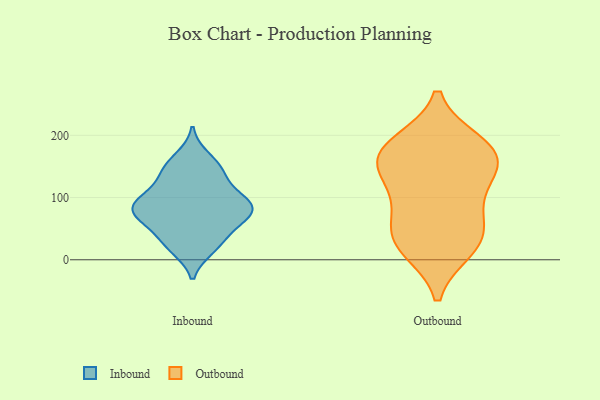
{"axis": {"x": "Headcount", "y": "Value"}, "legend": ["Inbound", "Outbound"], "data": [{"x": "", "y": 135, "type": "Inbound"}, {"x": "", "y": 81, "type": "Inbound"}, {"x": "", "y": 62, "type": "Inbound"}, {"x": "", "y": 52, "type": "Inbound"}, {"x": "", "y": 86, "type": "Inbound"}, {"x": "", "y": 21, "type": "Inbound"}, {"x": "", "y": 82, "type": "Inbound"}, {"x": "", "y": 33, "type": "Inbound"}, {"x": "", "y": 94, "type": "Inbound"}, {"x": "", "y": 76, "type": "Inbound"}, {"x": "", "y": 145, "type": "Inbound"}, {"x": "", "y": 143, "type": "Inbound"}, {"x": "", "y": 74, "type": "Inbound"}, {"x": "", "y": 107, "type": "Inbound"}, {"x": "", "y": 100, "type": "Inbound"}, {"x": "", "y": 165, "type": "Inbound"}, {"x": "", "y": 18, "type": "Inbound"}, {"x": "", "y": 148, "type": "Outbound"}, {"x": "", "y": 174, "type": "Outbound"}, {"x": "", "y": 42, "type": "Outbound"}, {"x": "", "y": 182, "type": "Outbound"}, {"x": "", "y": 157, "type": "Outbound"}, {"x": "", "y": 150, "type": "Outbound"}, {"x": "", "y": 18, "type": "Outbound"}, {"x": "", "y": 88, "type": "Outbound"}, {"x": "", "y": 24, "type": "Outbound"}, {"x": "", "y": 104, "type": "Outbound"}, {"x": "", "y": 43, "type": "Outbound"}, {"x": "", "y": 187, "type": "Outbound"}]}